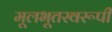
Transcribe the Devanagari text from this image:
मूलभूतस्वरूपी